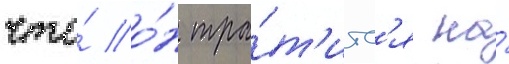
что́ о́н тра́т'итс'я на́